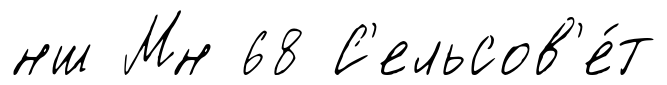
нш Мн 68 С'ельсов'е́т